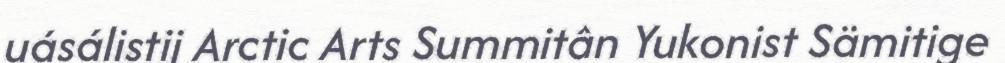
uásálistij Arctic Arts Summitân Yukonist Sämitige